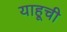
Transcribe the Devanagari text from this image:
याहूची